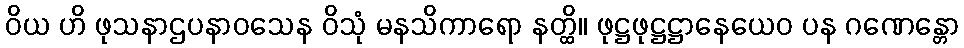
ဝိယ ဟိ ဖုသနာဌပနာဝသေန ဝိသုံ မနသိကာရော နတ္ထိ။ ဖုဋ္ဌဖုဋ္ဌဋ္ဌာနေယေဝ ပန ဂဏေန္တော